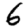
Digit: 6